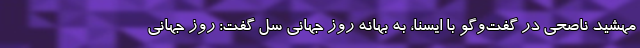
مهشید ناصحی در گفت‌وگو با ایسنا، به بهانه روز جهانی سل گفت: روز جهانی